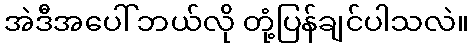
အဲဒီအပေါ် ဘယ်လို တုံ့ပြန်ချင်ပါသလဲ။